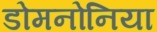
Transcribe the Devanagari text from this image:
डोमनोनिया